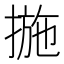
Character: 揓